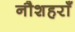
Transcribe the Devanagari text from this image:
नौशहराँ